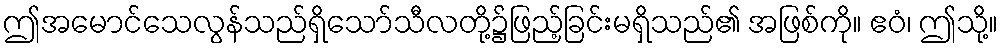
ဤအမောင်သေလွန်သည်ရှိသော်သီလတို့၌ဖြည့်ခြင်းမရှိသည်၏ အဖြစ်ကို။ ဧဝံ၊ ဤသို့။